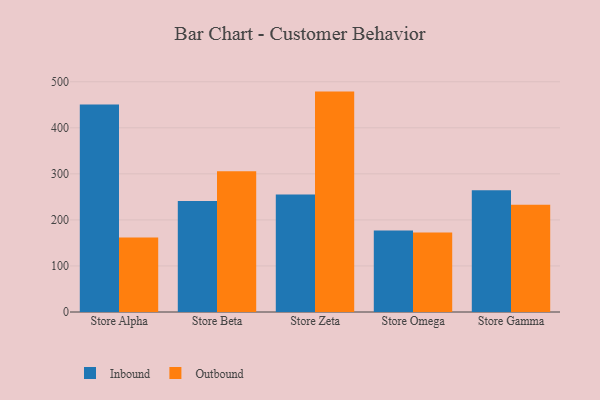
{"axis": {"x": "Store", "y": "Population (Million)"}, "legend": ["Inbound", "Outbound"], "data": [{"x": "Store Alpha", "y": 450.6, "type": "Inbound"}, {"x": "Store Alpha", "y": 161.7, "type": "Outbound"}, {"x": "Store Beta", "y": 241.1, "type": "Inbound"}, {"x": "Store Beta", "y": 305.9, "type": "Outbound"}, {"x": "Store Zeta", "y": 254.9, "type": "Inbound"}, {"x": "Store Zeta", "y": 478.6, "type": "Outbound"}, {"x": "Store Omega", "y": 177.0, "type": "Inbound"}, {"x": "Store Omega", "y": 172.8, "type": "Outbound"}, {"x": "Store Gamma", "y": 264.3, "type": "Inbound"}, {"x": "Store Gamma", "y": 232.7, "type": "Outbound"}]}